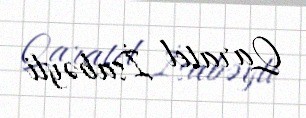
Qaratel İsabəyli